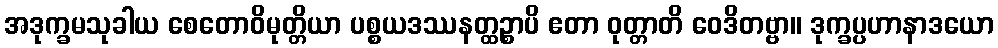
အဒုက္ခမသုခါယ စေတောဝိမုတ္တိယာ ပစ္စယဒဿနတ္ထဉ္စာပိ ဧတာ ဝုတ္တာတိ ဝေဒိတဗ္ဗာ။ ဒုက္ခပ္ပဟာနာဒယော